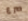
صرع